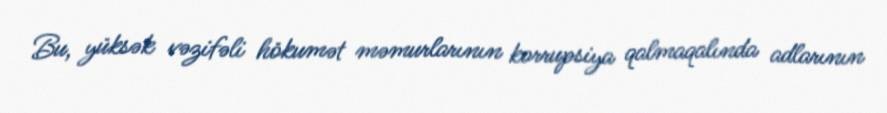
Bu, yüksək vəzifəli hökumət məmurlarının korrupsiya qalmaqalında adlarının